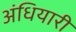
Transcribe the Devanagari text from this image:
अंधियारी